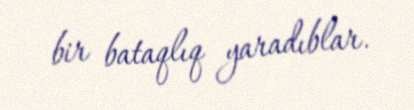
bir bataqlıq yaradıblar.